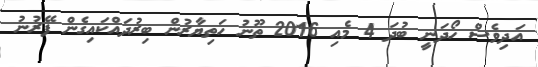
އަދިވެސް ހޯދަނީ ބުދަ 4 މެއި 2016 ތޫނު ހަތިޔާރުން ބިރުދައްކައިގެން ފޭރުނު